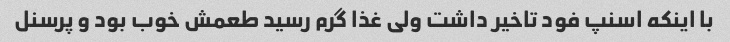
با اینکه اسنپ فود تاخیر داشت ولی غذا گرم رسید طعمش خوب بود و پرسنل